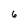
Character: 6